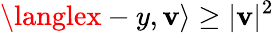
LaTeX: \langlex-y,\mathbf{v}\rangle\geq|\mathbf{v}|^{2}